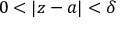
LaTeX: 0 < \vert z - a \vert < \delta